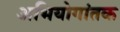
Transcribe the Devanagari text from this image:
अभियोगांतक